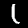
Digit: 1